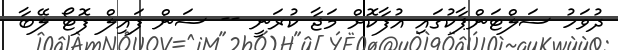
ދުވަހު ސަލްޓަންޕާކުގައި އުފާކޮށް މަޖާ ކުރަނީ -- ސަން ފައިލް ފޮޓޯ ލޭބާ